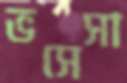
ভসেসা